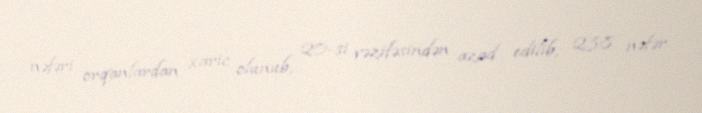
nəfəri orqanlardan xaric olunub, 20-si vəzifəsindən azad edilib, 238 nəfər